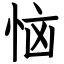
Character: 恼